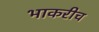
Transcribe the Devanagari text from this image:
भाकरीच